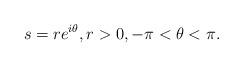
LaTeX: \begin{align*}s=r e^{i\theta},r>0,-\pi<\theta<\pi.\end{align*}